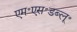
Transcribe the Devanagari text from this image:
एम॰एस॰डब्लू॰